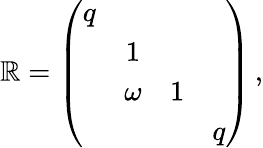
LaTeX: \mathbb{R}=\left(\begin{array}{cccc}{{q}}&{{}}&{{}}&{{}}\\ {{}}&{{1}}&{{}}&{{}}\\ {{}}&{{\omega}}&{{1}}&{{}}\\ {{}}&{{}}&{{}}&{{q}}\end{array}\right)\, ,